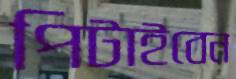
পিটাইবেন